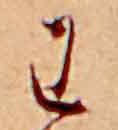
わ